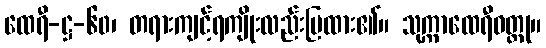
ထေရီ-ဋ္ဌ-၆၀၊ တရားကျင့်ရကျိုးလည်းပြထား၏။ သုက္ကာထေရီဝတ္ထု။